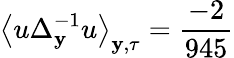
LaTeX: \left\langle u\Delta_{\mathbf{y}}^{-1}u\right\rangle_{\mathbf{y},\tau}=\frac{-2}{945}